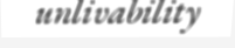
unlivability